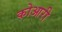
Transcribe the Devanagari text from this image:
कोआरी